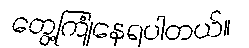
တွေ့ကြုံနေရပါတယ်။